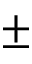
\pm